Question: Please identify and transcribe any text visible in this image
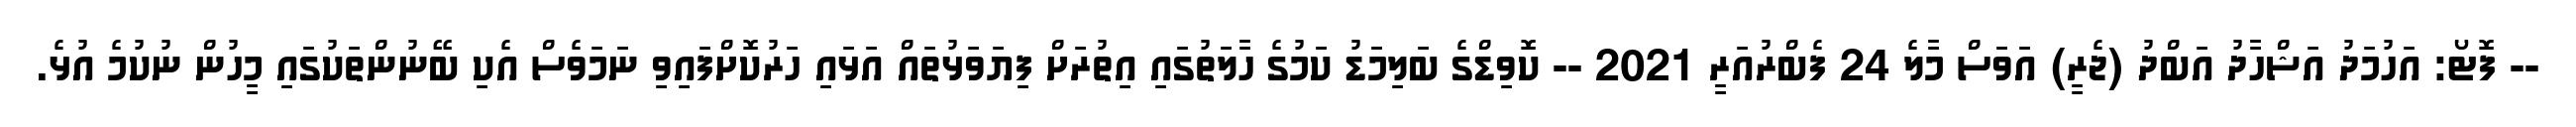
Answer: -- ފޮޓޯ: އަހުމަދު އަޝްހާދު އަބްދު (ޖެރީ) އަވަސް މާލެ 24 ފެބްރުއަރީ 2021 -- ކޮވިޑްގެ ބަލިމަޑު ކަމުގެ ހާލަތުގައި އިތުރަށް ފިޔަވަޅުތައް އަޅައި ހަރުކޮށްފައިވި ނަމަވެސް އެކި ބޭނުންތަކުގައި މީހުން ނުކުމެ އުޅެ.